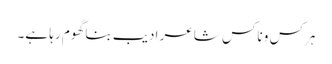
ہرکس و ناکس شاعر ادیب بنا گھوم رہا ہے۔